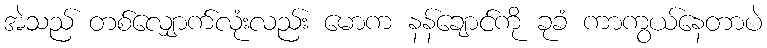
အဲသည် တစ်လျှောက်လုံးလည်း မောက နန်ချောင်ကို ခုခံ ကာကွယ်နေတာပဲ